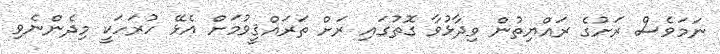
ނަމަވެސް ރަށުގެ ރައްޔިތުން ވިދާޅުވާ ގޮތުގައި ރަށް ތަރައްޤީވުމަށް އެޅޭ ހުރަހަކީ މިދެންނެވި